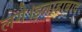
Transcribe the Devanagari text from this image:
लगे।इलाहाबाद